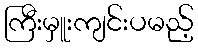
ကြီးမှူးကျင်းပမည့်